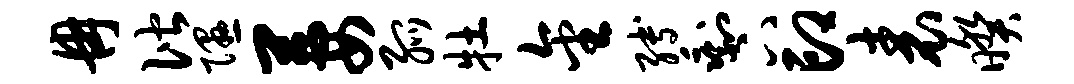
冉偕隰萋弧牡金缚剩下印表暌